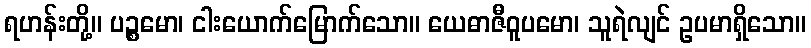
ရဟန်းတို့။ ပဉ္စမော၊ ငါးယောက်မြောက်သော။ ယေဓာဇီဝူပမော၊ သူရဲလျင် ဥပမာရှိသော။